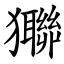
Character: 㺦